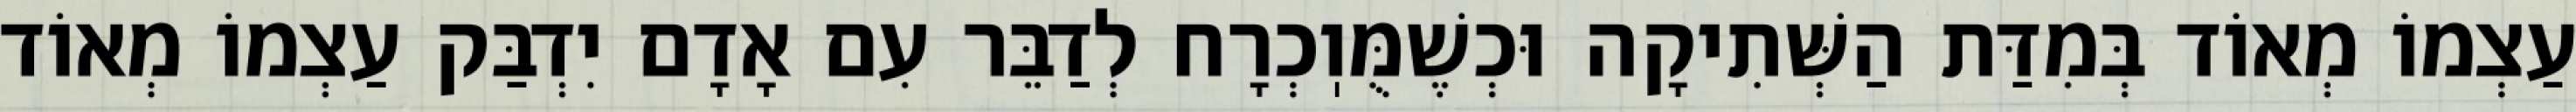
עַצְמוֹ מְאוֹד בְּמִדַּת הַשְּׁתִיקָה וּכְשֶׁמֻּוֽכְרָח לְדַבֵּר עִם אָדָם יִדְבַּק עַצְמוֹ מְאוֹד